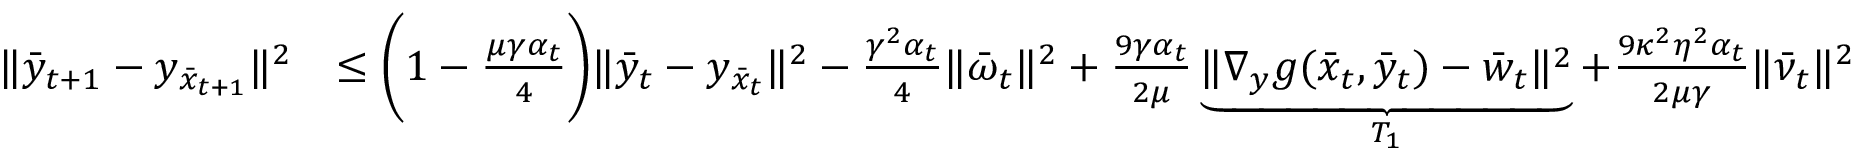
\begin{array} { r l } { \| \bar { y } _ { t + 1 } - y _ { \bar { x } _ { t + 1 } } \| ^ { 2 } } & { \leq \bigg ( 1 - \frac { \mu \gamma \alpha _ { t } } { 4 } \bigg ) \| \bar { y } _ { t } - y _ { \bar { x } _ { t } } \| ^ { 2 } - \frac { \gamma ^ { 2 } \alpha _ { t } } { 4 } \| \bar { \omega } _ { t } \| ^ { 2 } + \frac { 9 \gamma \alpha _ { t } } { 2 \mu } \underbrace { \| \nabla _ { y } g ( \bar { x } _ { t } , \bar { y } _ { t } ) - \bar { w } _ { t } \| ^ { 2 } } _ { T _ { 1 } } + \frac { 9 \kappa ^ { 2 } \eta ^ { 2 } \alpha _ { t } } { 2 \mu \gamma } \| \bar { \nu } _ { t } \| ^ { 2 } } \end{array}